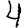
Digit: 4